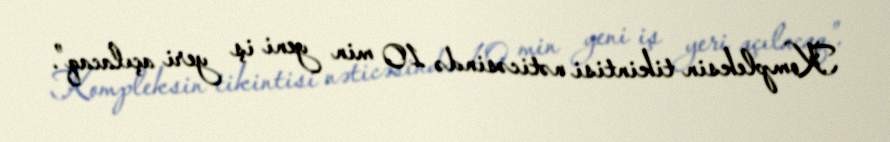
Kompleksin tikintisi nəticəsində 10 min yeni iş yeri açılacaq”.